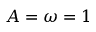
A = \omega = 1